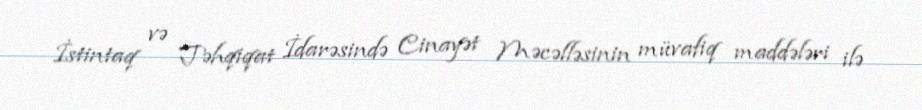
İstintaq və Təhqiqat İdarəsində Cinayət Məcəlləsinin müvafiq maddələri ilə